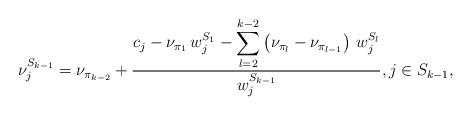
LaTeX: \begin{align*}\nu^{S_{k-1}}_j = \nu_{\pi_{k-2}} + \frac{\displaystyle c_j - \nu_{\pi_1} \, w^{S_1}_j - \sum_{l=2}^{k-2} \left(\nu_{\pi_{l}} - \nu_{\pi_{l-1}}\right) \, w^{S_{l}}_j}{\displaystyle w^{S_{k-1}}_j}, j \in S_{k-1},\end{align*}